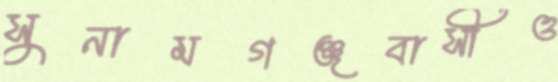
সুনামগঞ্জবাসীও